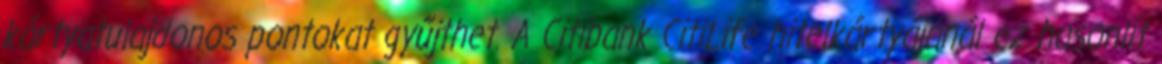
kártyatulajdonos pontokat gyűjthet. A Citibank CitiLife hitelkártyájánál ez hasonlít